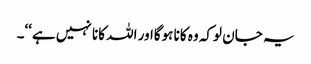
یہ جان لوکہ وہ کانا ہوگااور اللہ کانا نہیں ہے‘‘۔